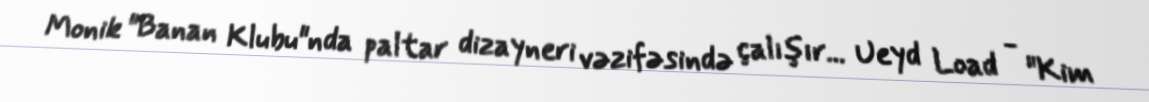
Monik "Banan Klubu"nda paltar dizayneri vəzifəsində çalışır... Ueyd Load - "Kim